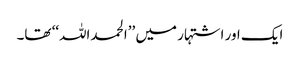
ایک اور اشتہار میں ’’الحمداللہ‘‘ تھا۔